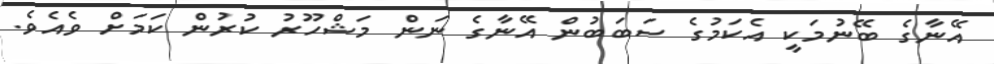
އޭނާގެ ބޭނުމަކީ އެކަމުގެ ސަބަބުން އޭނާގެ ނަން މަޝްހޫރު ކުރުން ކަމަށް ވެއެވެ.